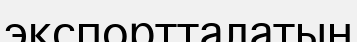
экспортталатын